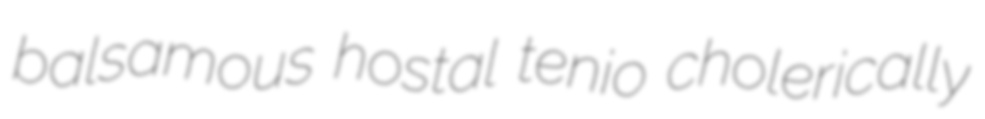
balsamous hostal tenio cholerically